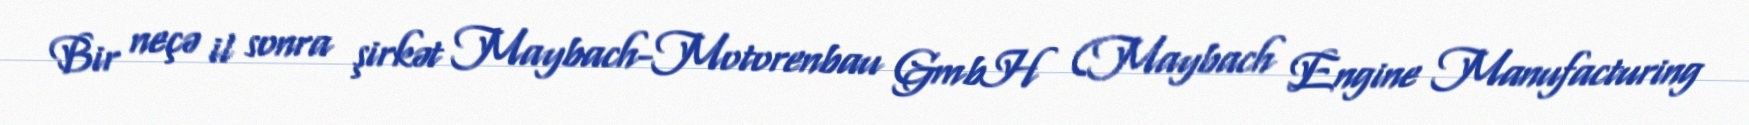
Bir neçə il sonra şirkət Maybach-Motorenbau GmbH (Maybach Engine Manufacturing